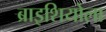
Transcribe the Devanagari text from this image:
ब्राइशियोला